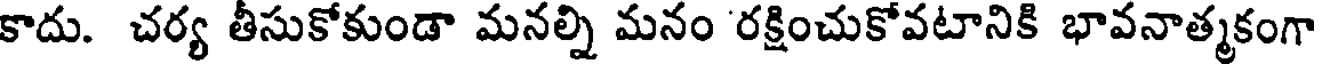
కాదు. చర్య తీసుకోకుండా మనల్ని మనం రక్షించుకోవటానికి భావనాత్మకంగా